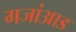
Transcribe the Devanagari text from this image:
गजांआड